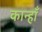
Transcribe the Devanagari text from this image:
कान्हाँ